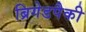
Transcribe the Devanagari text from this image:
ब्रिगेडपैकी